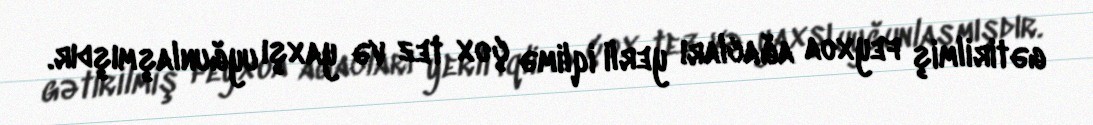
gətirilmiş feyxoa ağacları yerli iqlimə çox tez və yaxşı uyğunlaşmışdır.